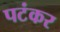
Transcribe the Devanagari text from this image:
पटंकर